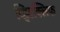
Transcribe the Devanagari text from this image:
व्हिटक्लिफ